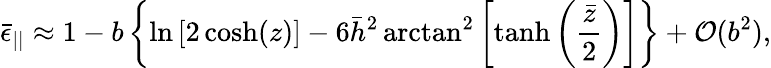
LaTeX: \bar{\epsilon}_{||}\approx 1-b\left\lbrace\ln\left[2\cosh(z)\right]-6\bar{h}^{2}\arctan^{2}\left[\operatorname{tanh}\left(\frac{\bar{z}}{2}\right)\right]\right\rbrace+\mathcal{O}(b^{2}),